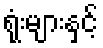
ရုံးများနှင့်